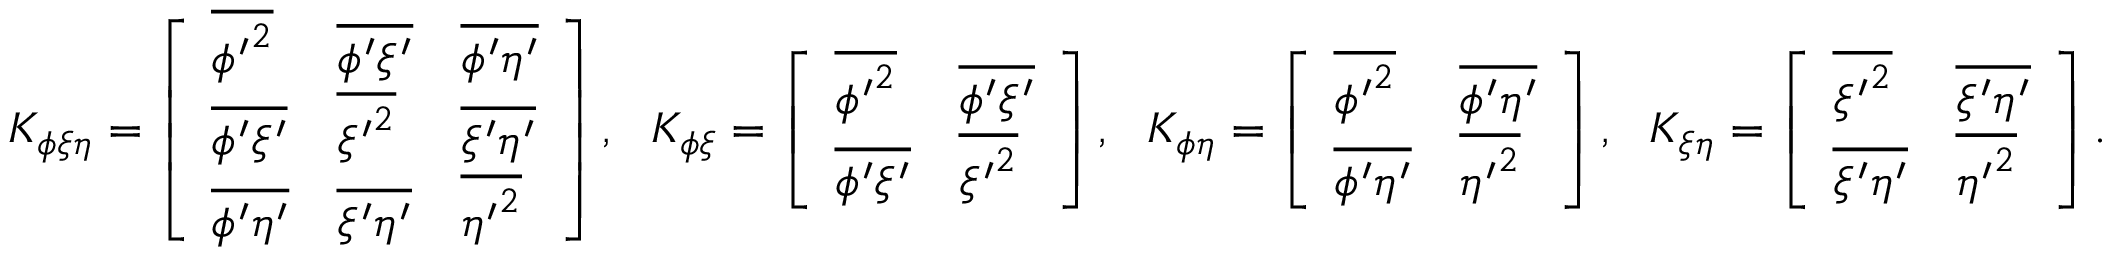
\begin{array} { r } { { K } _ { \phi \xi \eta } = \left[ \begin{array} { l l l } { \overline { { { \phi ^ { \prime } } ^ { 2 } } } } & { \overline { { \phi ^ { \prime } \xi ^ { \prime } } } } & { \overline { { \phi ^ { \prime } \eta ^ { \prime } } } } \\ { \overline { { \phi ^ { \prime } \xi ^ { \prime } } } } & { \overline { { { \xi ^ { \prime } } ^ { 2 } } } } & { \overline { { \xi ^ { \prime } \eta ^ { \prime } } } } \\ { \overline { { \phi ^ { \prime } \eta ^ { \prime } } } } & { \overline { { \xi ^ { \prime } \eta ^ { \prime } } } } & { \overline { { { \eta ^ { \prime } } ^ { 2 } } } } \end{array} \right] , \ \ { K } _ { \phi \xi } = \left[ \begin{array} { l l } { \overline { { { \phi ^ { \prime } } ^ { 2 } } } } & { \overline { { \phi ^ { \prime } \xi ^ { \prime } } } } \\ { \overline { { \phi ^ { \prime } \xi ^ { \prime } } } } & { \overline { { { \xi ^ { \prime } } ^ { 2 } } } } \end{array} \right] , \ \ { K } _ { \phi \eta } = \left[ \begin{array} { l l } { \overline { { { \phi ^ { \prime } } ^ { 2 } } } } & { \overline { { \phi ^ { \prime } \eta ^ { \prime } } } } \\ { \overline { { \phi ^ { \prime } \eta ^ { \prime } } } } & { \overline { { { \eta ^ { \prime } } ^ { 2 } } } } \end{array} \right] , \ \ { K } _ { \xi \eta } = \left[ \begin{array} { l l } { \overline { { { \xi ^ { \prime } } ^ { 2 } } } } & { \overline { { \xi ^ { \prime } \eta ^ { \prime } } } } \\ { \overline { { \xi ^ { \prime } \eta ^ { \prime } } } } & { \overline { { { \eta ^ { \prime } } ^ { 2 } } } } \end{array} \right] . } \end{array}